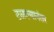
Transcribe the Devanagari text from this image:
टळल्यानंतर